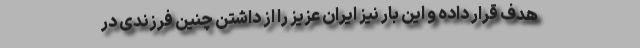
هدف قرار داده و این بار نیز ایران عزیز را از داشتن چنین فرزندی در